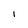
Character: l